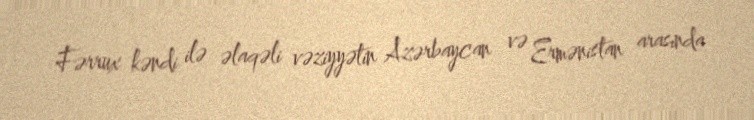
Fərrux kəndi ilə əlaqəli vəziyyətin Azərbaycan və Ermənistan arasında